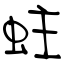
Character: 蛀